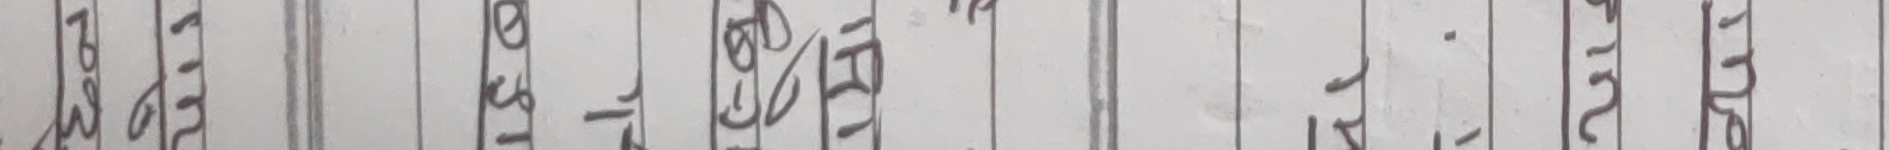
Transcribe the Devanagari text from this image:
सुरुप रबुवा राअप मसरा ति